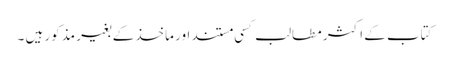
کتاب کے اکثر مطالب کسی مستند اور ماخذ کے بغیر مذکور ہیں ۔